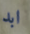
ابد